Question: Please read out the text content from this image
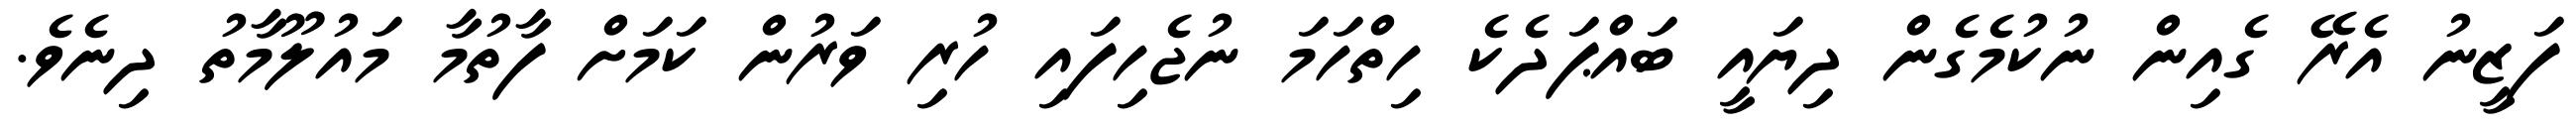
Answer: ފަޒީނު އެރޭ ގެއިން ނުކުމެގެން ދިޔައީ ބައްޕަދެކެ ހިތްހަމަ ނުޖެހިފައި ހުރި ވަރުން ކަމަށް ފާތުމާ މައުލޫމާތު ދިނެވެ.